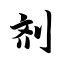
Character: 剂